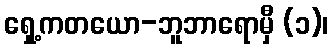
ရှေ့ကတယော-ဘူဘာရောမှီ (၁)၊